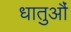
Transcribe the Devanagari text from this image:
धातुऔं